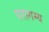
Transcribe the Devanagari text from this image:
परागम्य